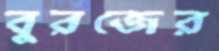
বুরজের